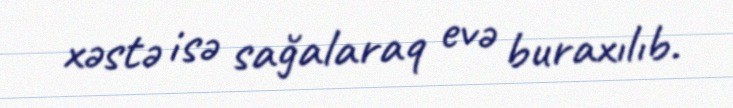
xəstə isə sağalaraq evə buraxılıb.